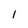
Character: l